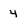
Character: 4